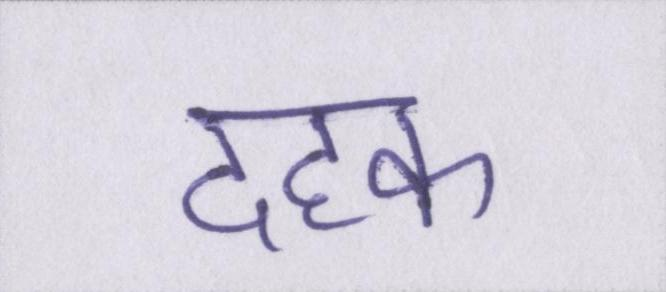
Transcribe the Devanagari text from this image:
दहक